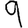
Digit: 9